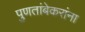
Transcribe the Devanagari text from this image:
पुणतांबेकरांना